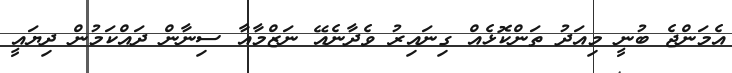
އެމަންޖެ ބުނީ މިއަދު ތަންކޮޅެއް ގިނައިރު ވެދާނެއޭ ނަޒްމާއާ ސިނާން ދައްކަމުން ދިޔައީ